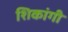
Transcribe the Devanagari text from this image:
शिकांगी